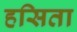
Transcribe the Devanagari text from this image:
हसिता